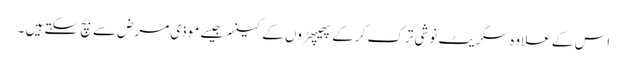
اس کے علاوہ سگریٹ نوشی ترک کر کے پھیپھڑوں کے کینسر جیسے موذی مرض سے بچ سکتے ہیں ۔